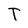
Character: T